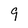
Character: 9